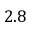
2 . 8